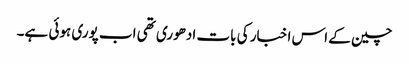
چین کے اس اخبار کی بات ادھوری تھی اب پوری ہوئی ہے۔